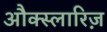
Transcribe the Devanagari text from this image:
औक्स्लारिज़